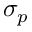
\sigma _ { p }